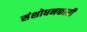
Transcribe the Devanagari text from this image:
संशोधनकारी